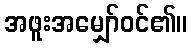
အဖူးအမျှော်ဝင်၏။